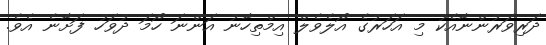
ދަރިވަރުންނާއެކު މި އަހަރުގެ އޯލެވެލް އިމްތިހާނު އަންނަ ހޯމަ ދުވަހު ފަށާނެ އެވެ.